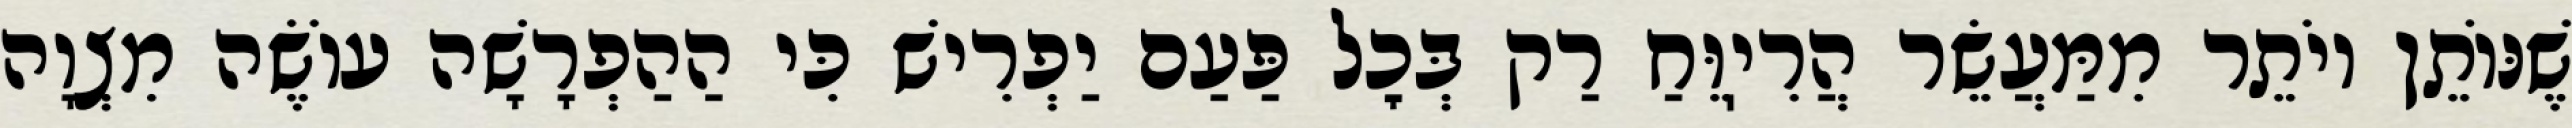
שֶׁנּוֹתֵן יוֹתֵר מִמַּעֲשֵׂר הֲרִיֽוֵּחַ רַק בְּכׇל פַּעַם יַפְרִישׁ כִּי הַהַפְרָשָׁה עוֹשֶׂה מִצְוָה